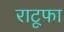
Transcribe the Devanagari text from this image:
राटूफा